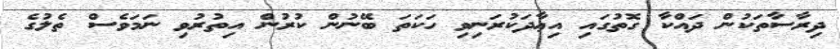
ދިރާސާތަކުން ދައްކާ ގޮތުގައި އިޢާދަކުރަނިވި ހަކަތަ ބޭނުން ކުރުން އިތުރުވި ނަމަވެސް ތެލުގެ